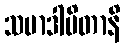
သမာဒါပိတာနိ